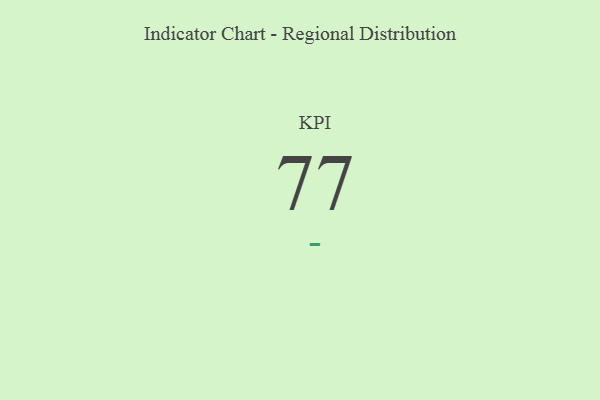
{"axis": {"x": "KPI", "y": "Value"}, "legend": [""], "data": [{"x": "KPI", "y": 77, "type": ""}]}